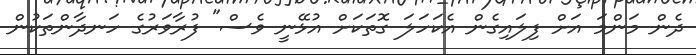
ދެން މަންމަ އަށް ފިލައިގެން އެކަހަލަ ގޮތަކަށް އުޅޭނީ ވެސް" ފުރާވަރުގެ ހަނދާންތަކުން